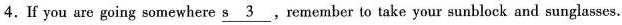
4. If you are going somewhere \underline{s 3}, remember to take your sunblock and sunglasses.